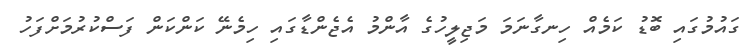
ގައުމުގައި ބޮޑު ކަމެއް ހިނގާނަމަ މަޖިލީހުގެ އާންމު އެޖެންޑާގައި ހިމެނޭ ކަންކަން ފަސްކުރުމަށްފަހު